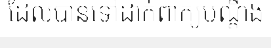
ដែលបានទៅដាក់ពាក្យបណ្តឹង